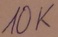
Text: 10K